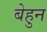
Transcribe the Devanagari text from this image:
बेहुन